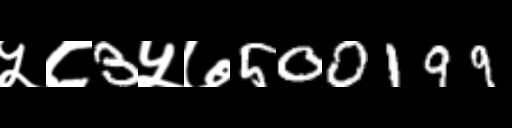
Text: ५८3५७500199